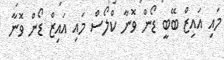
މައި އައިޒް ބޭބީ ޑޯން ވޮނާ ކްލޯސް މައި އައިޒް ޑޯން ވޮނާ